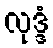
လုဒ္ဒံ